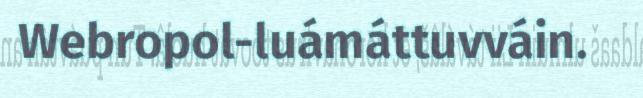
Webropol-luámáttuvváin.